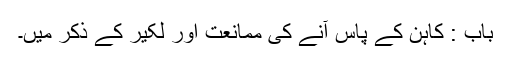
باب : کاہن کے پاس آنے کی ممانعت اور لکیر کے ذکر میں۔